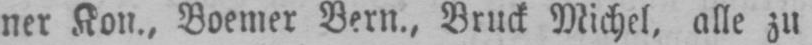
ner Kon., Boemer Bern., Bruck Michel, alle zu